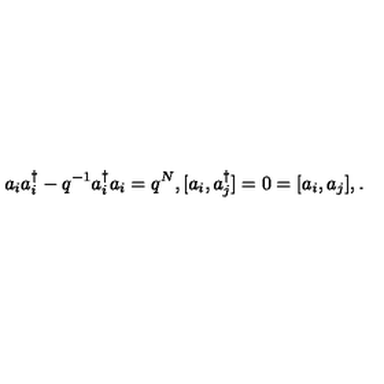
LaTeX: a _ { i } a _ { i } ^ { \dagger } - q ^ { - 1 } a _ { i } ^ { \dagger } a _ { i } = q ^ { N } , [ a _ { i } , a _ { j } ^ { \dagger } ] = 0 = [ a _ { i } , a _ { j } ] , .